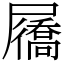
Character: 屩